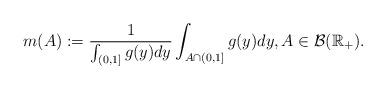
LaTeX: \begin{align*}m(A):=\frac{1}{\int_{(0,1]}g(y)dy}\int_{A \cap(0,1]}g(y)dy, A \in \mathcal{B}(\mathbb{R}_+).\end{align*}